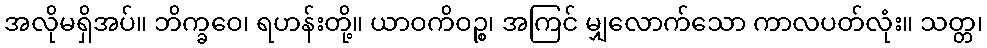
အလိုမရှိအပ်။ ဘိက္ခဝေ၊ ရဟန်းတို့။ ယာဝကိဝဉ္စ၊ အကြင် မျှလောက်သော ကာလပတ်လုံး။ သတ္တ၊